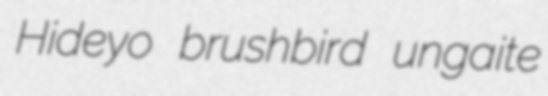
Hideyo brushbird ungaite